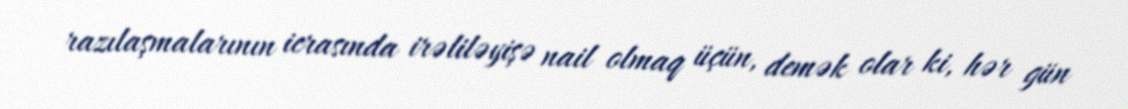
razılaşmalarının icrasında irəliləyişə nail olmaq üçün, demək olar ki, hər gün